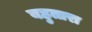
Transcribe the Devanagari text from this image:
बहुतारा